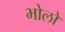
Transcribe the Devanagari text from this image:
भोलों